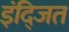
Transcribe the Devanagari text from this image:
इंद्जित